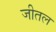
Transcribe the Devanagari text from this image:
जीतल